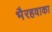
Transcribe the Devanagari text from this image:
भैरहवाका